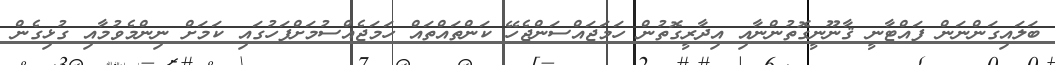
ބަލައިގަންނަން ފައްޓާނީ ޤާނޫނީގޮތުންނާއި އިދާރީގޮތުން ހަމަޖައްސަންޖެހޭ ކަންތައްތައް ހަމަޖެއްސުމަށްފަހުގައި ކަމަށް ނިންމެވުމާއި ގުޅިގެން